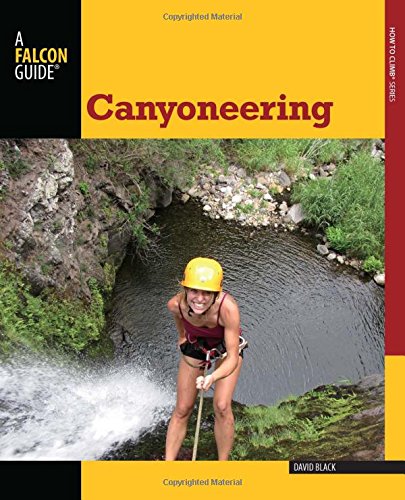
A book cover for Canyoneering: A Guide To Techniques For Wet And Dry Canyons (How To Climb Series); David Black; Sports & Outdoors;